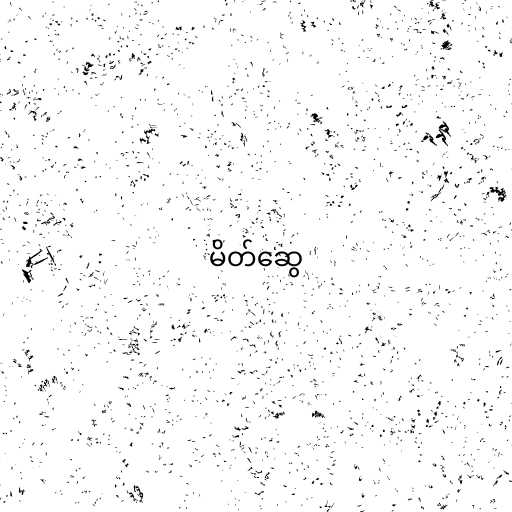
မိတ်ဆွေ